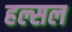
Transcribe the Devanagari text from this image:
हल्सल